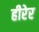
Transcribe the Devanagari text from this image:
हीरेर